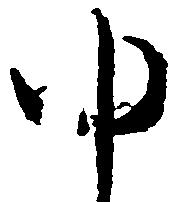
ゆ